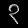
Digit: ၃